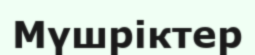
Мүшріктер